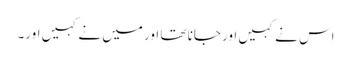
اس نے کہیں اور جانا تھا اور میں نے کہیں اور۔